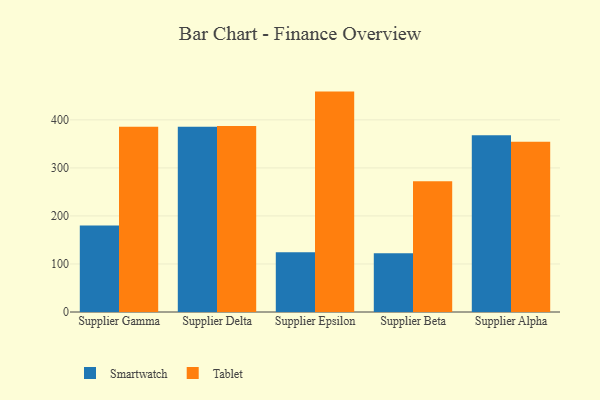
{"axis": {"x": "Supplier", "y": "Customer Acquisition Cost (USD)"}, "legend": ["Smartwatch", "Tablet"], "data": [{"x": "Supplier Gamma", "y": 180.0, "type": "Smartwatch"}, {"x": "Supplier Gamma", "y": 385.9, "type": "Tablet"}, {"x": "Supplier Delta", "y": 385.7, "type": "Smartwatch"}, {"x": "Supplier Delta", "y": 387.4, "type": "Tablet"}, {"x": "Supplier Epsilon", "y": 124.5, "type": "Smartwatch"}, {"x": "Supplier Epsilon", "y": 458.9, "type": "Tablet"}, {"x": "Supplier Beta", "y": 122.3, "type": "Smartwatch"}, {"x": "Supplier Beta", "y": 272.1, "type": "Tablet"}, {"x": "Supplier Alpha", "y": 367.8, "type": "Smartwatch"}, {"x": "Supplier Alpha", "y": 354.3, "type": "Tablet"}]}